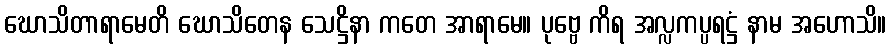
ဃောသိတာရာမေတိ ဃောသိတေန သေဋ္ဌိနာ ကတေ အာရာမေ။ ပုဗ္ဗေ ကိရ အလ္လကပ္ပရဋ္ဌံ နာမ အဟောသိ။